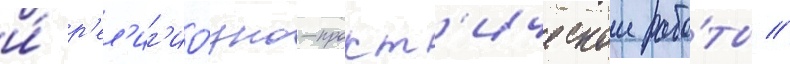
и́ р'ел'иг'ио́зно-практ'ическои рабо́ты //